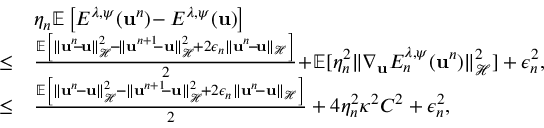
\begin{array} { r l } & { \eta _ { n } \mathbb { E } \left[ E ^ { \lambda , \psi } ( { \bf u } ^ { n } ) \! - E ^ { \lambda , \psi } ( { \bf u } ) \right] } \\ { \leq } & { \frac { \mathbb { E } \left[ \| { \bf u } ^ { n } \! \! - \! { \bf u } \| _ { \mathcal { H } } ^ { 2 } \! - \! \| { \bf u } ^ { n + 1 } \! \! - { \bf u } \| _ { \mathcal { H } } ^ { 2 } \! + 2 \epsilon _ { n } \| { \bf u } ^ { n } \! - \! { \bf u } \| _ { \mathcal { H } } \right] } { 2 } \! + \! \mathbb { E } [ \eta _ { n } ^ { 2 } \| \nabla _ { { \bf u } } E _ { n } ^ { \lambda , \psi } ( { \bf u } ^ { n } ) \| _ { \mathcal { H } } ^ { 2 } ] + { \epsilon _ { n } ^ { 2 } } , } \\ { \leq } & { \frac { \mathbb { E } \left[ \| { \bf u } ^ { n } \! - { \bf u } \| _ { \mathcal { H } } ^ { 2 } \! - \| { \bf u } ^ { n + 1 } \! \! - { \bf u } \| _ { \mathcal { H } } ^ { 2 } \! + 2 \epsilon _ { n } \| { \bf u } ^ { n } \! - { \bf u } \| _ { \mathcal { H } } \right] } { 2 } + 4 \eta _ { n } ^ { 2 } \kappa ^ { 2 } C ^ { 2 } + \epsilon _ { n } ^ { 2 } , } \end{array}